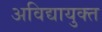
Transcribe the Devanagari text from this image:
अविद्यायुक्त